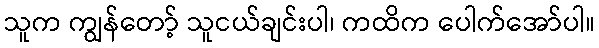
သူက ကျွန်တော့် သူငယ်ချင်းပါ၊ ကထိက ပေါက်အော်ပါ။